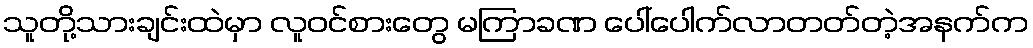
သူတို့သားချင်းထဲမှာ လူဝင်စားတွေ မကြာခဏ ပေါ်ပေါက်လာတတ်တဲ့အနက်က